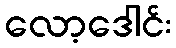
လော့ဒေါင်း